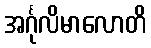
အင်္ဂုလိမာလောတိ